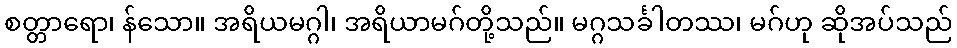
စတ္တာရော၊ န်သော။ အရိယမဂ္ဂါ၊ အရိယာမဂ်တို့သည်။ မဂ္ဂသင်္ခါတဿ၊ မဂ်ဟု ဆိုအပ်သည်